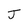
Character: J